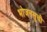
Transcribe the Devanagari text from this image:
भोजनसूची